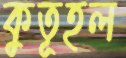
কুতূহল